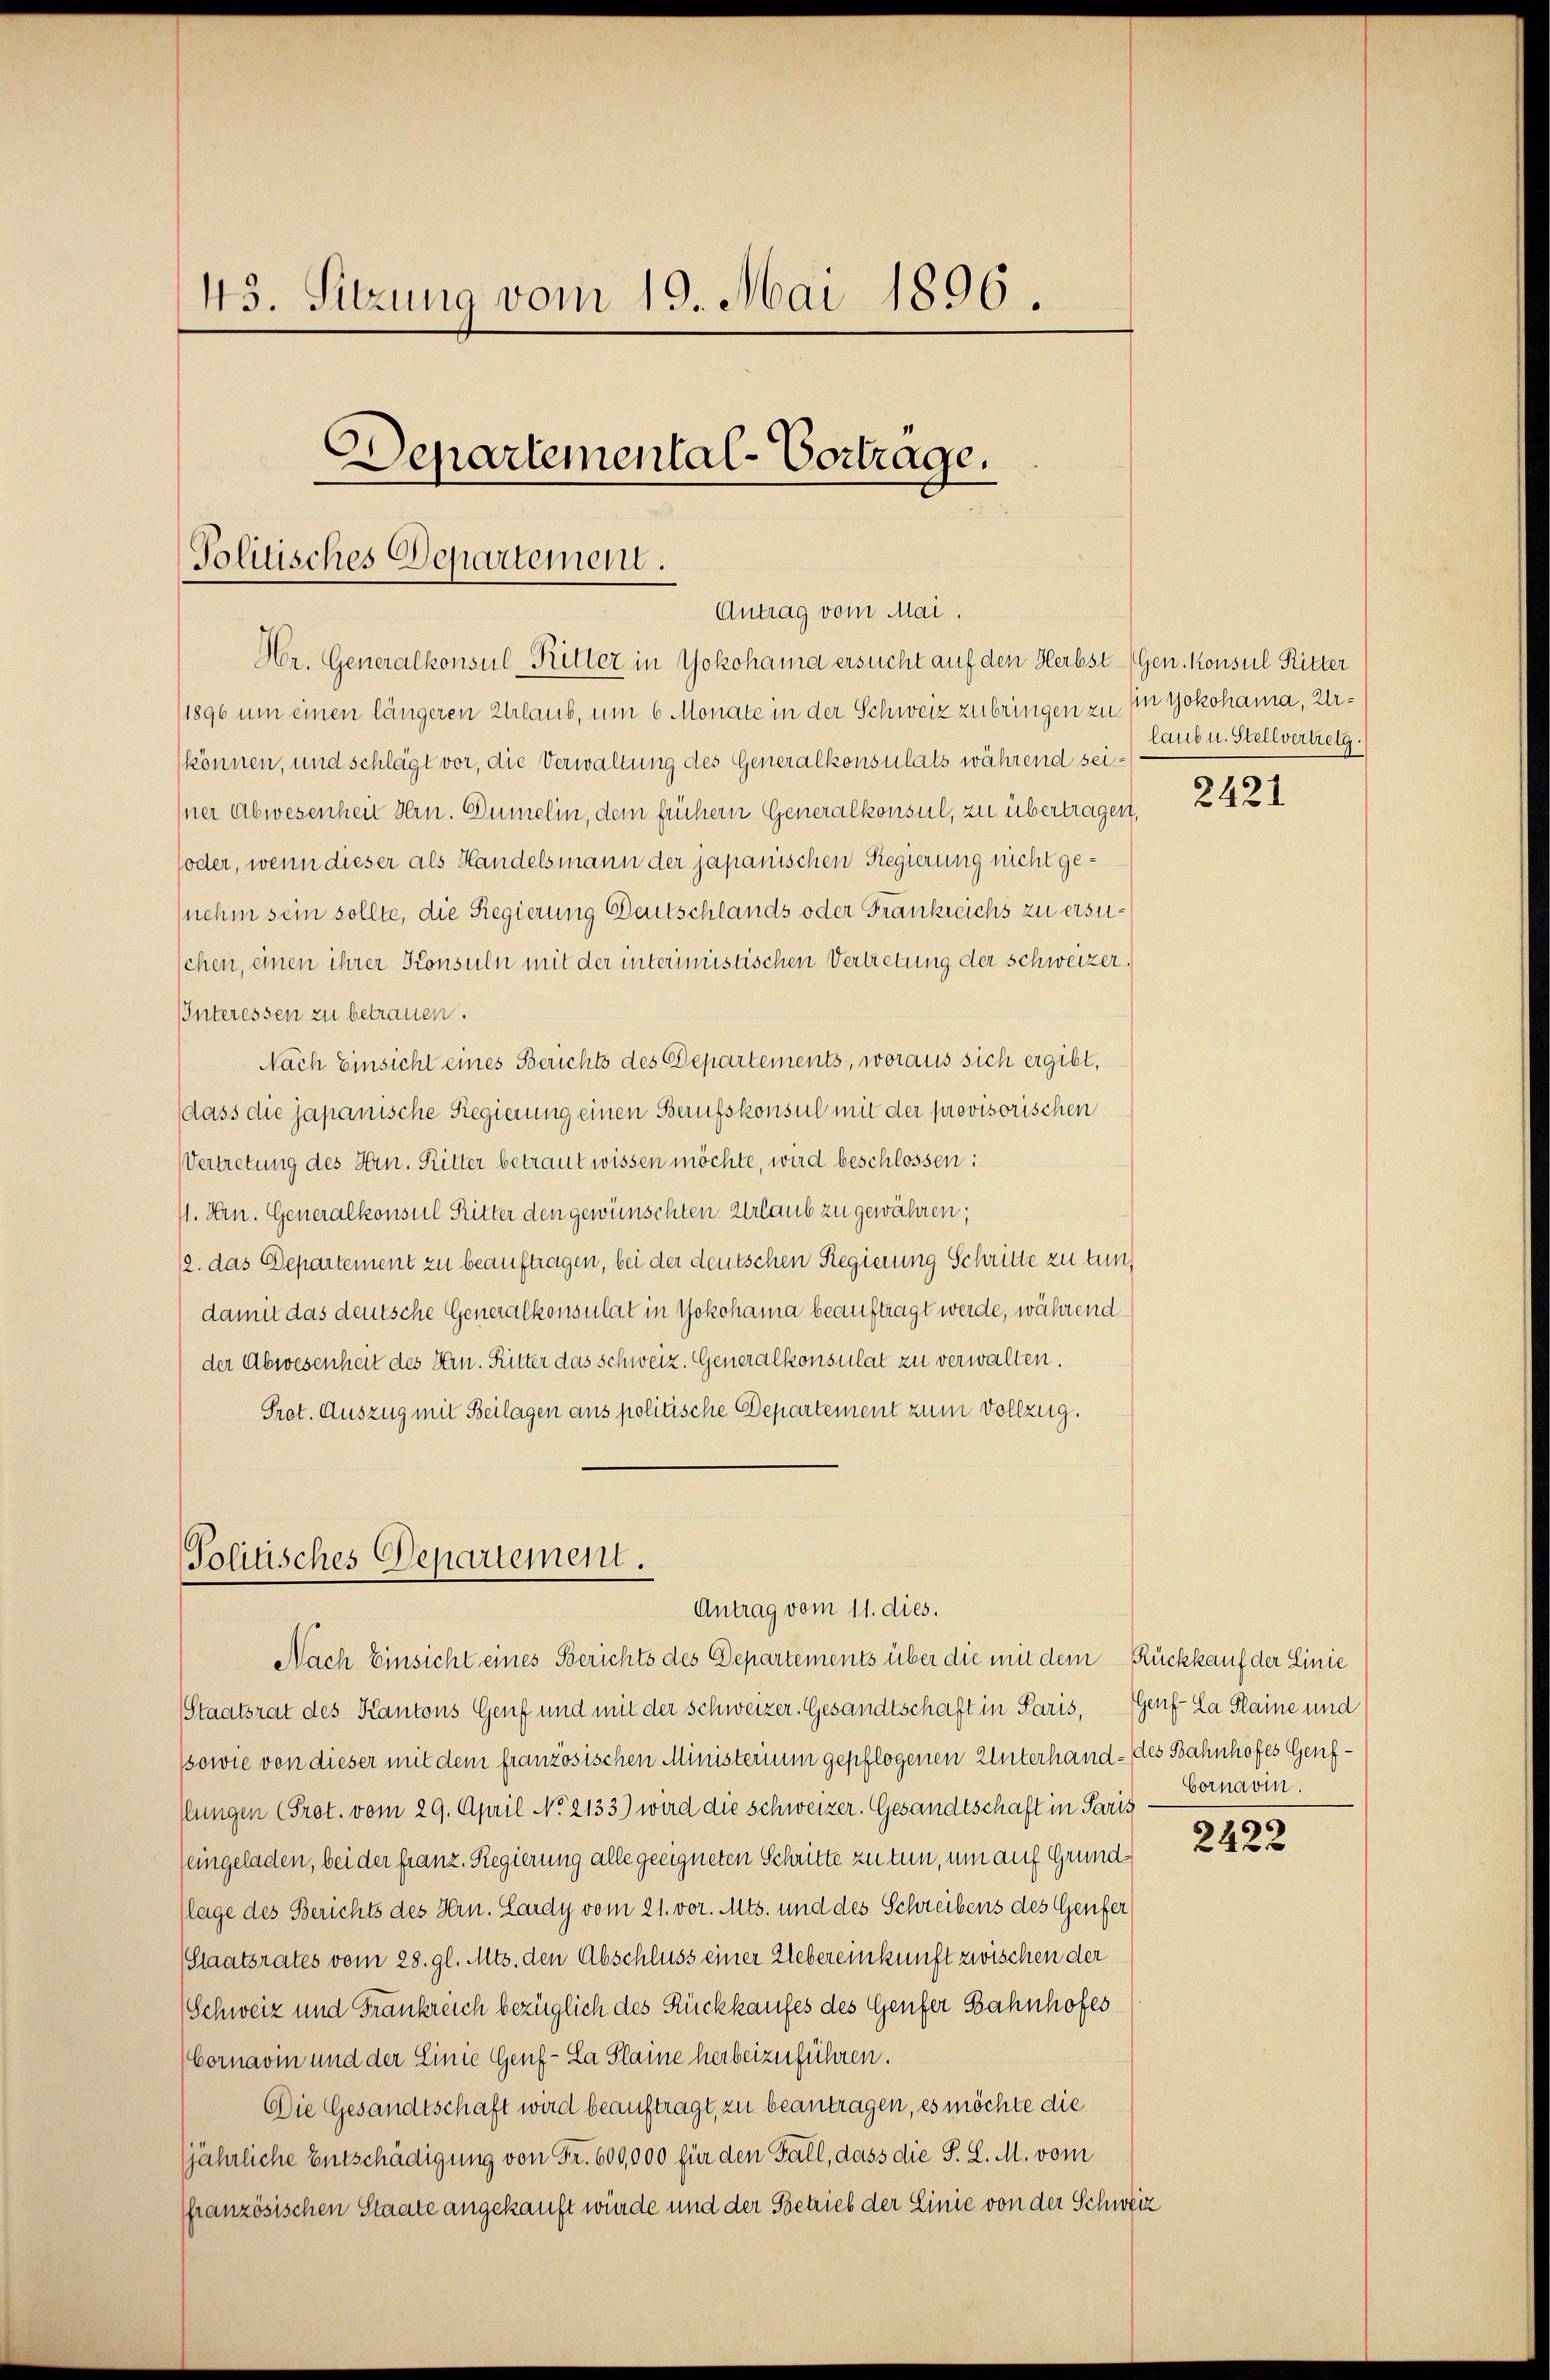
45. Sitzung vom 19. Mai 1896.
Departemental-Vortrage.
Politisches Departement.

Hr. Generalkonsul Ritter in Yokohama ersucht auf den Herbst-Gen. Konsul Ritter
1896 um einen längeren Urlaub, um 6 Monate in der Schweiz zubringen zu in Yokohama, Urkönnen, und schlägt vor, die Verwaltung des Generalkonsulats während seiner Abwesenheit Hrn. Dümelin, dem frühern Generalkonsul, zu übertragen,
foder, wenn dieser als Handelsmann der japanischen Regierung nicht ge¬
(nehm sein sollte, die Regierung Deutschlands oder Frankreichs zu ersuschen, einen ihrer Konsuln mit der interimistischen Vertretung der Schweizer,
Interessen zu betrauen.
Nach Einsicht eines Berichts des Departements, woraus sich ergibt,
dass die japanische Regierung einen Berufskonsul mit der provisorischen
Vertretung des Hrn. Ritter betraut wissen möchte, wird beschlossen:
11. Hrn. Generalkonsul Ritter den gewünschten Urlaub zu gewähren;
12. das Departement zu beauftragen, bei der deutschen Regierung Schritte zu tun,
damit das deutsche Generalkonsulat in Yokohama beauftragt werde, während
der Abwesenheit des Hrn. Ritter das Schweiz. Generalkonsulat zu verwalten.
Prot. Auszug mit Beilagen ans politische Departement zum Vollzug.

Antrag vom Mai.

Politisches Departement.
Antrag vom 11. dies.
Nach Einsicht eines Berichts des Departements über die mit dem Rückkauf der Linie

Staatsrat des Kantons Genf und mit der Schweizer. Gesandtschaft in Paris, Genf-Ca Plaine und
(sowie von dieser mit dem französischen Ministerium gepflogenen Unterhand-des Bahnhofes Genfflungen (Prot. vom 29. April No 2133) wird die Schweizer. Gesandtschaft in Paris
eingeladen, bei der franz. Regierung alle geeigneten Schritte zu tun, um auf Grund-
lage des Berichts des Hrn. Lardy vom 21. vor. Mts. und des Schreibens des Genfer
Staatsrates vom 28. gl. Mts. den Abschluss einer Uebereinkunft zwischen der
Schweiz und Frankreich bezüglich des Rückkaufes des Genfer Bahnhofes
Cornavin und der Linie Genf - La Plaine herbeizuführen.
Die Gesandtschaft wird beauftragt, zu beantragen, es möchte die
(jährliche Entschädigung von Fr. 600,000 für den Fall, dass die S. L. M. vom
französischen Staate angekauft würde und der Betrieb der Linie von der Schweiz

laub u. Stellvertretg.

2421

Cornavin.

2422